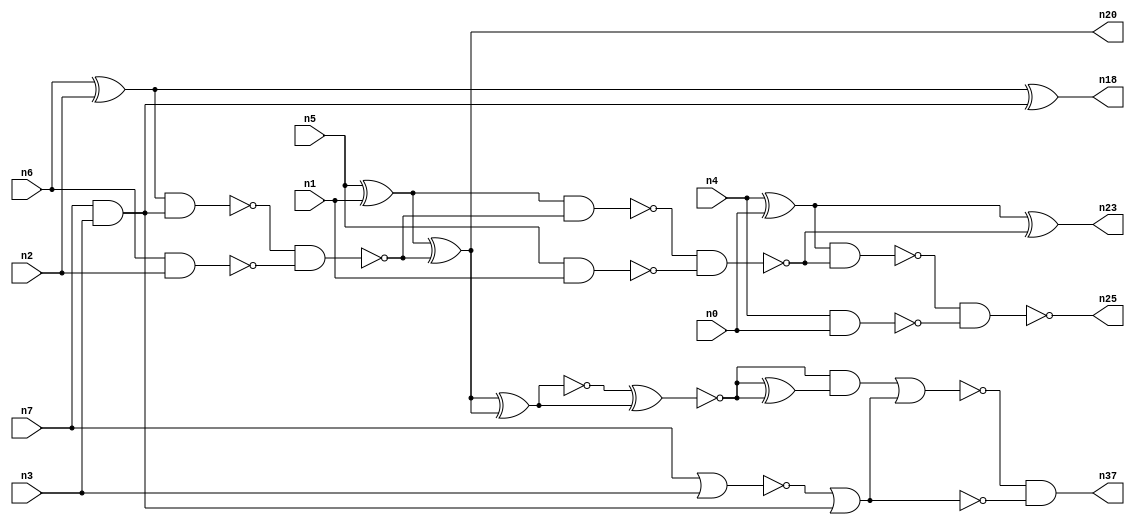
// This program was cloned from: https://github.com/umar-afzaal/ReCkt
// License: MIT License

// This file contains a pareto-optimal circuit with respect to power and the fault-resilince parameter p_fault which is defined as:
// "For all input vectors, the ratio of the no. of faults observable at the POs to the no. of total possible faults in the circuit".
// This code is part of the ReCkt library (https://github.com/umar-afzaal/ReCkt) distributed under The MIT License.
// When used, please cite the following article(s):
// U. Afzaal, A.S. Hassan, M. Usman and J.A. Lee, "On the Evolutionary Synthesis of Increased Fault-resilience Arithmetic Circuits".

// p_fault = 73.0 %    (Lower is better)
// gates = 29.0
// levels = 12
// area = 40.3    (For MCNC library relative to nand2)
// power = 125.8 uW    (Berkely-SIS for MCNC library @ Vdd=5V and 20 MHz clock)
// delay = 20.9 ns    (Berkely-ABC for MCNC library)
// PDP = 2.62922e-12 J

// Pin mapping:
// {n0, n1, n2, n3} = A[3:0]
// {n4, n5, n6, n7} = B[3:0]
// {n25, n23, n20, n18, n37} = O[4:0]

module addr4u_power_13 (
n0, n1, n2, n3, n4, n5, n6, n7, 
n25, n23, n20, n18, n37
);

input n0, n1, n2, n3, n4, n5, n6, n7;
output n25, n23, n20, n18, n37;
wire n29, n13, n30, n24, n9, n14, n16, n35, n22, n8, n15, n10, n31, n26, n19, n21, n36, n33, n27, n11, 
n28, n12, n17, n34;

xor (n8, n4, n0);
nand (n9, n4, n0);
nand (n10, n5, n1);
nand (n11, n6, n2);
nor (n12, n7, n3);
xor (n13, n6, n2);
and (n14, n7, n3);
xor (n15, n5, n1);
nor (n16, n12, n14);
nand (n17, n13, n14);
xor (n18, n13, n14);
nand (n19, n17, n11);
xor (n20, n15, n19);
nand (n21, n15, n19);
nand (n22, n21, n10);
xor (n23, n8, n22);
nand (n24, n8, n22);
nand (n25, n24, n9);
xnor (n26, n20, n20);
xor (n27, n20, n20);
xnor (n28, n26, n27);
xor (n29, n28, n28);
nand (n30, n16, n16);
and (n31, n28, n29);
and (n33, n31, n31);
nor (n34, n33, n30);
and (n35, n16, n16);
and (n36, n34, n34);
and (n37, n36, n35);

endmodule